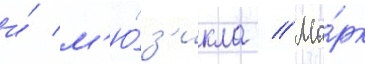
и́ м'ю́з'икла // Ма́рк